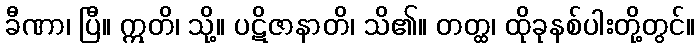
ခီဏာ၊ ပြီ။ ဣတိ၊ သို့။ ပဋိဇာနာတိ၊ သိ၏။ တတ္ထ၊ ထိုခုနစ်ပါးတို့တွင်။